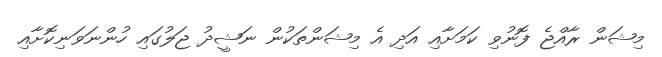
މިޝަން ރާއްޖެ ފޮނުވި ކަމަށާއި އަދި އެ މިޝަންތަކުން ނަޝީދު ޖަލުގައި ހުންނަވަނިކޮށާއި